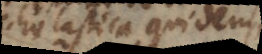
scholastica quidem,